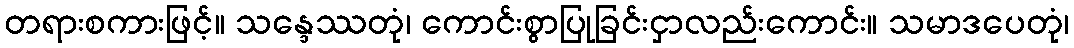
တရားစကားဖြင့်။ သန္ဒေဿတုံ၊ ကောင်းစွာပြုခြင်းငှာလည်းကောင်း။ သမာဒပေတုံ၊